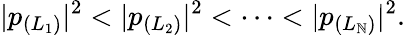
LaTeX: |p_{(L_{1})}|^{2}<|p_{(L_{2})}|^{2}<\cdots<|p_{(L_{\mathbb{N}})}|^{2}.